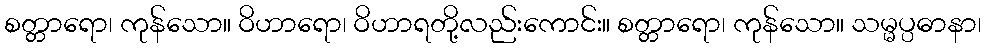
စတ္တာရော၊ ကုန်သော။ ဝိဟာရော၊ ဝိဟာရတို့လည်းကောင်း။ စတ္တာရော၊ ကုန်သော။ သမ္မပ္ပဓာနာ၊